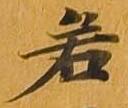
若